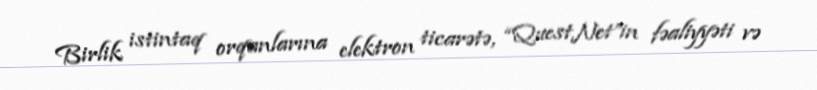
Birlik istintaq orqanlarına elektron ticarətə, “QuestNet”in fəaliyyəti və